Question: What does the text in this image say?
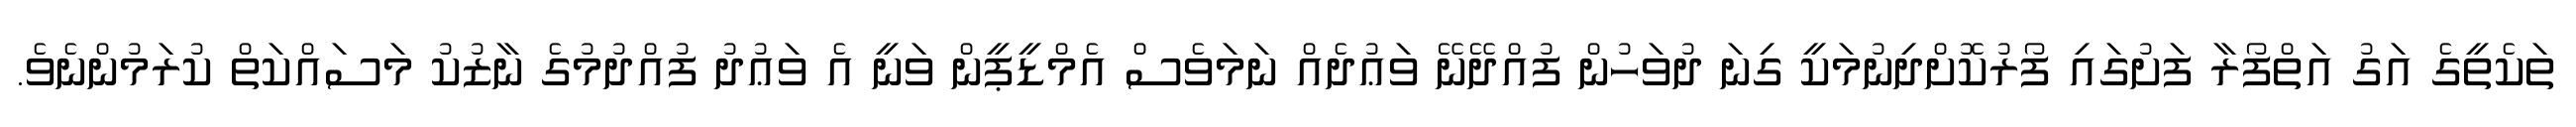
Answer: ތަކެތީގެ އަގު އަތްފޯރާ ފަށުގައި ފޯރުކޮށްދިނުމަކީ ގިނަ ދުވަހުން ފުއްދޭނޭ ވަޢުދެއް ނަމަވެސް އެމްޑީޕީން ވަނީ އެ ވަޢުދު ފުއްދުމުގެ ނާޒުކު މަސައްކަތް ކުރަމުންނެވެ.